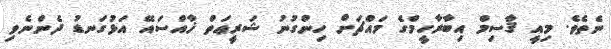
ނެތެވެ. މިއީ ޤާސިމް އިބާރާހީމްގެ މައްޗަށް ހިންގުނު ޝަރީޢަތް ޚާއްސައޭ އަޅުގަނޑު ދެންނެވި